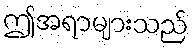
ဤအရာများသည်